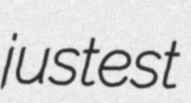
justest